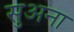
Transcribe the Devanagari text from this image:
सुअना